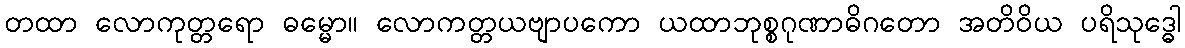
တထာ လောကုတ္တရော ဓမ္မော။ လောကတ္တယဗျာပကော ယထာဘုစ္စဂုဏာဓိဂတော အတိဝိယ ပရိသုဒ္ဓေါ